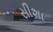
સીશા